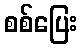
စစ်ပြေး